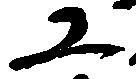
ユ